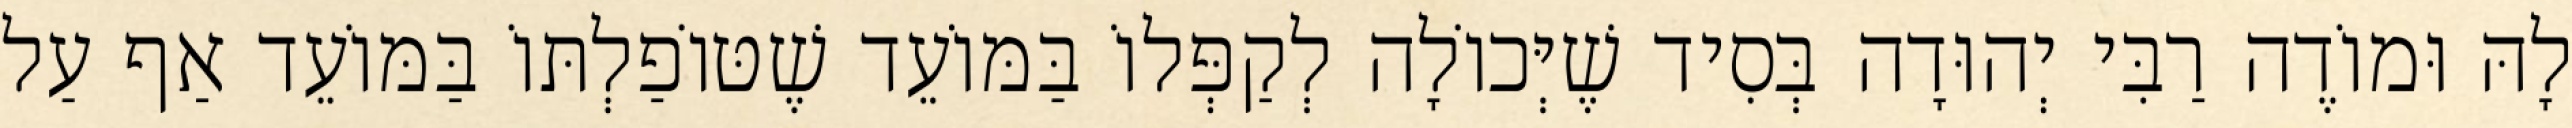
לָהּ וּמוֹדֶה רַבִּי יְהוּדָה בְּסִיד שֶׁיְּכוֹלָה לְקַפְּלוֹ בַּמּוֹעֵד שֶׁטּוֹפַלְתּוֹ בַּמּוֹעֵד אַף עַל